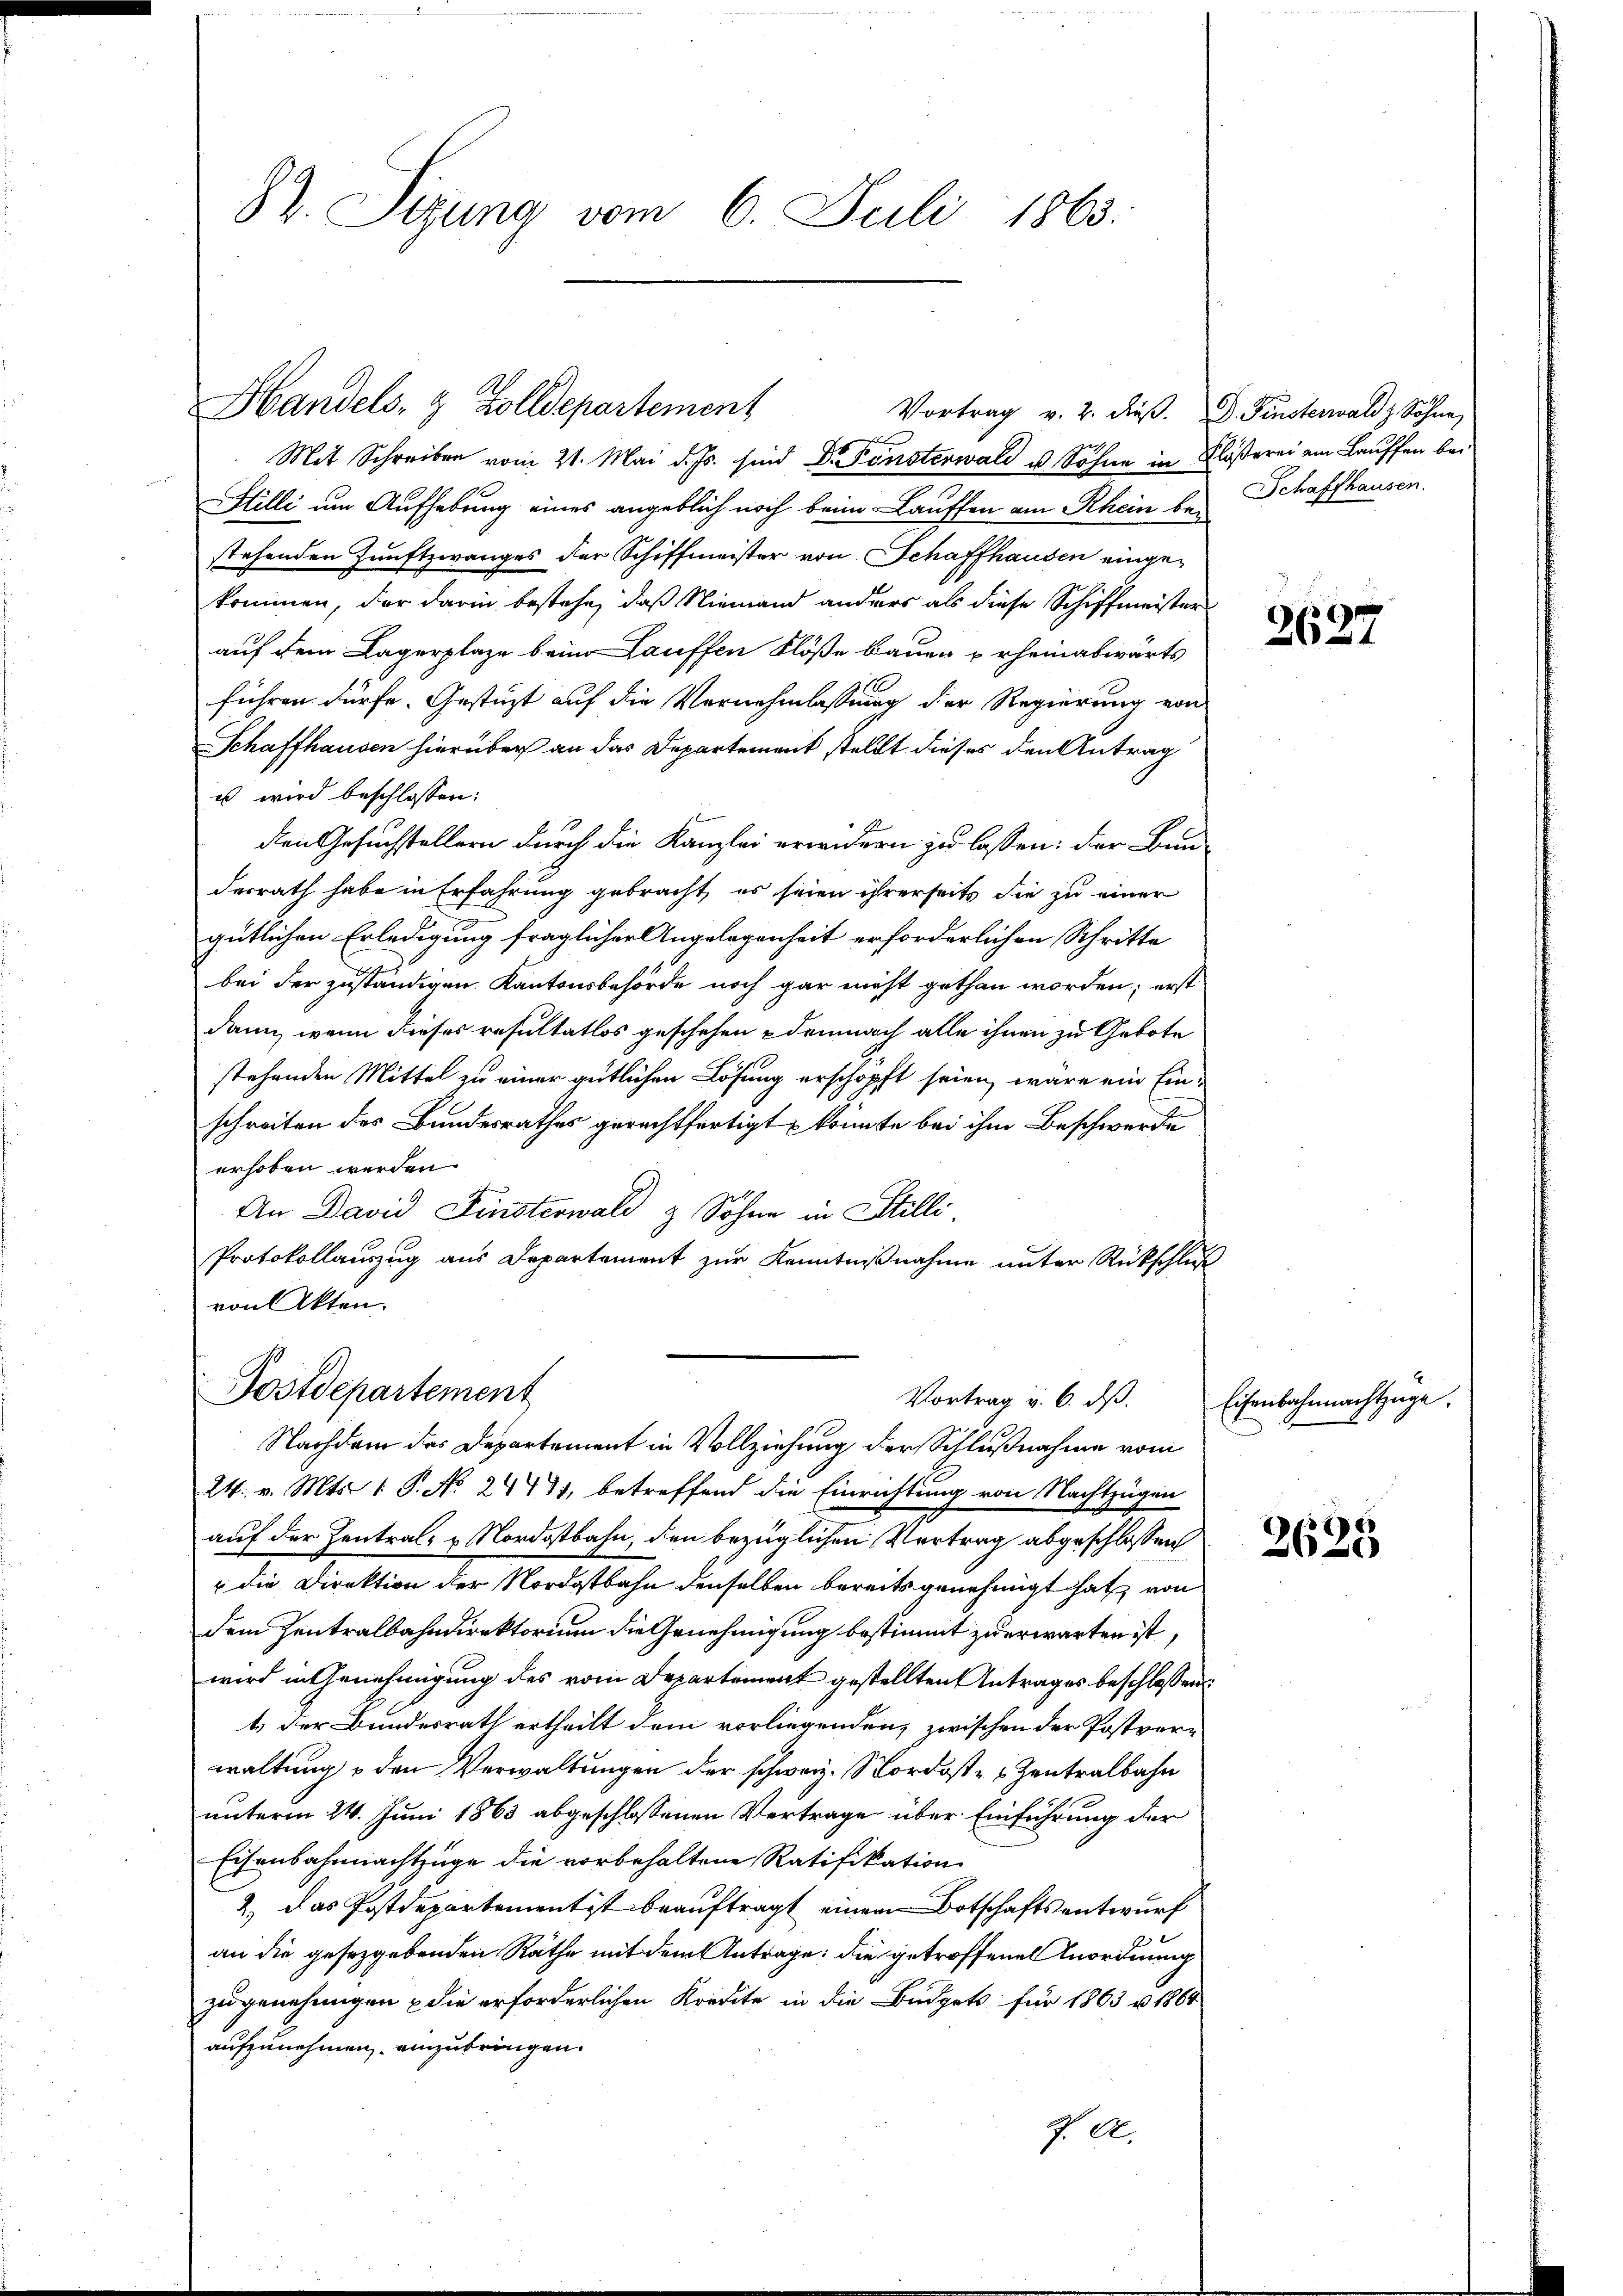
87. Sizung vom 6. Juli 1863.

Mit Schreiben vom 21. Mai d. Js. sind Dr. Fensterwald u. Söhne in
Stilli um Aufhebung eines angeblich noch beim Lauffen am Rhein bei
stehenden Zunftzwanges der Schiffmeister von Schaffhausen eingekommen, der darin bestehe, daß Niemand anders als diese Schiffmeister
auf dem Lagerplaze beim Lauffen Flöße bauen erheinabwärts
führen dürfe. Gestützt auf die Vornehmlassung der Regierung von
Schaffhausen hierüber an das Departement stellt dieses den Antrag
us wird beschlossen:
den Gesuchstellern durch die Kanzlei erwidern zu lassen: der Bun-
derrath habe in Erfahrung gebracht, es seien ihrerseits die zu einer
gütlichen Erledigung fraglicher Angelegenheit erforderlichen Schritte
bei der zuständigen Kantonsbehörde noch gar nicht gethan worden; erst
dann, wenn dieses resultatlos geschehen demnach alle ihnen zu Gebote
stehenden Mittel zu einer gütlichen Lösung erschöpft seien, wäre ein Einschreiten des Bundesrathes gerechtfertigt – könnte bei ihm Beschwerde
erhoben werden.
An David Finsterwald & Söhne in Stilli
Protokollauszug aus Departement zur Kenntnißnahme unter Rückschluß
von Akten.
Postdepartement
Vortrag v. 6. dβ. Eisenbahnmachtzüge.
Nachdem das Departement in Vollziehung der Schlußnahme vom
24. v. Mts. 1. P. No 24431, betreffend die Einrichtung von Nachtzügen
auf der Zentral- u Nordostbahn, den bezüglichen Vertrag abgeschlossen
 die Direktion der Nordostbahn denselben bereits genehmigt hat, von
dem Zentralbahndirektorium die Genehmigung bestimmt zu erwarten ist,
wird in Genehmigung des vom Departement gestellten Antrages beschlossen:
t der Bundesrath ertheilt dem vorliegenden, zwischen der Postverwaltung & den Verwaltungen der schweiz. Nordost- & Zentralbahn
unterm 24. Juni 1863 abgeschlossenen Vertrage über Einführung der
Eisenbahnmachtzüge die vorbehaltene Ratifikation
2.) Das Postdepartementist beauftragt einem Botschaftsentwurf
an die gesetzgebenden Rathe mit dem Antrage: die getroffenen Anordnung
zu genehmigen die erforderlichen Kredite in die Büdgets für 1863 u. 1864
aufzunehmen, einzubringen.
J. A.

Handels- & Zolldepartement
Vortrag v. 2. dieß.

P. Finsterwald & Söhne,
Klößerei am Lauffen bei
Schaffhausen.

2627

2625